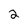
Character: 2